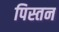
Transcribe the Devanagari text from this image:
पिस्तन